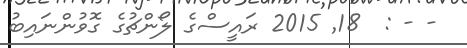
- - :  18